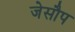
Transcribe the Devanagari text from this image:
जेसौप